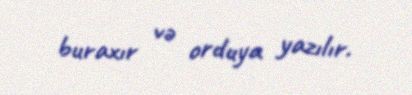
buraxır və orduya yazılır.